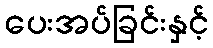
ပေးအပ်ခြင်းနှင့်